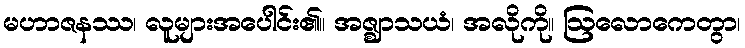
မဟာဇနဿ၊ လူများအပေါင်း၏။ အဇ္ဈာသယံ၊ အလိုကို။ ဩလောကေတွာ၊